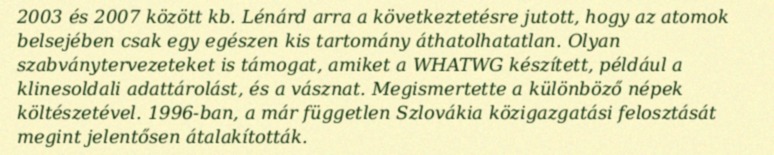
2003 és 2007 között kb. Lénárd arra a következtetésre jutott, hogy az atomok belsejében csak egy egészen kis tartomány áthatolhatatlan. Olyan szabványtervezeteket is támogat, amiket a WHATWG készített, például a klinesoldali adattárolást, és a vásznat. Megismertette a különböző népek költészetével. 1996-ban, a már független Szlovákia közigazgatási felosztását megint jelentősen átalakították.